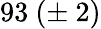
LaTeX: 93\ (\pm\ 2)